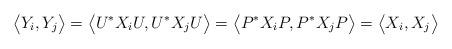
LaTeX: \begin{align*}\big\langle Y_i, Y_j \big\rangle = \big\langle U^* X_i U, U^* X_j U \big\rangle = \big\langle P^* X_i P, P^* X_j P \big\rangle= \big\langle X_i,X_j\big\rangle \end{align*}